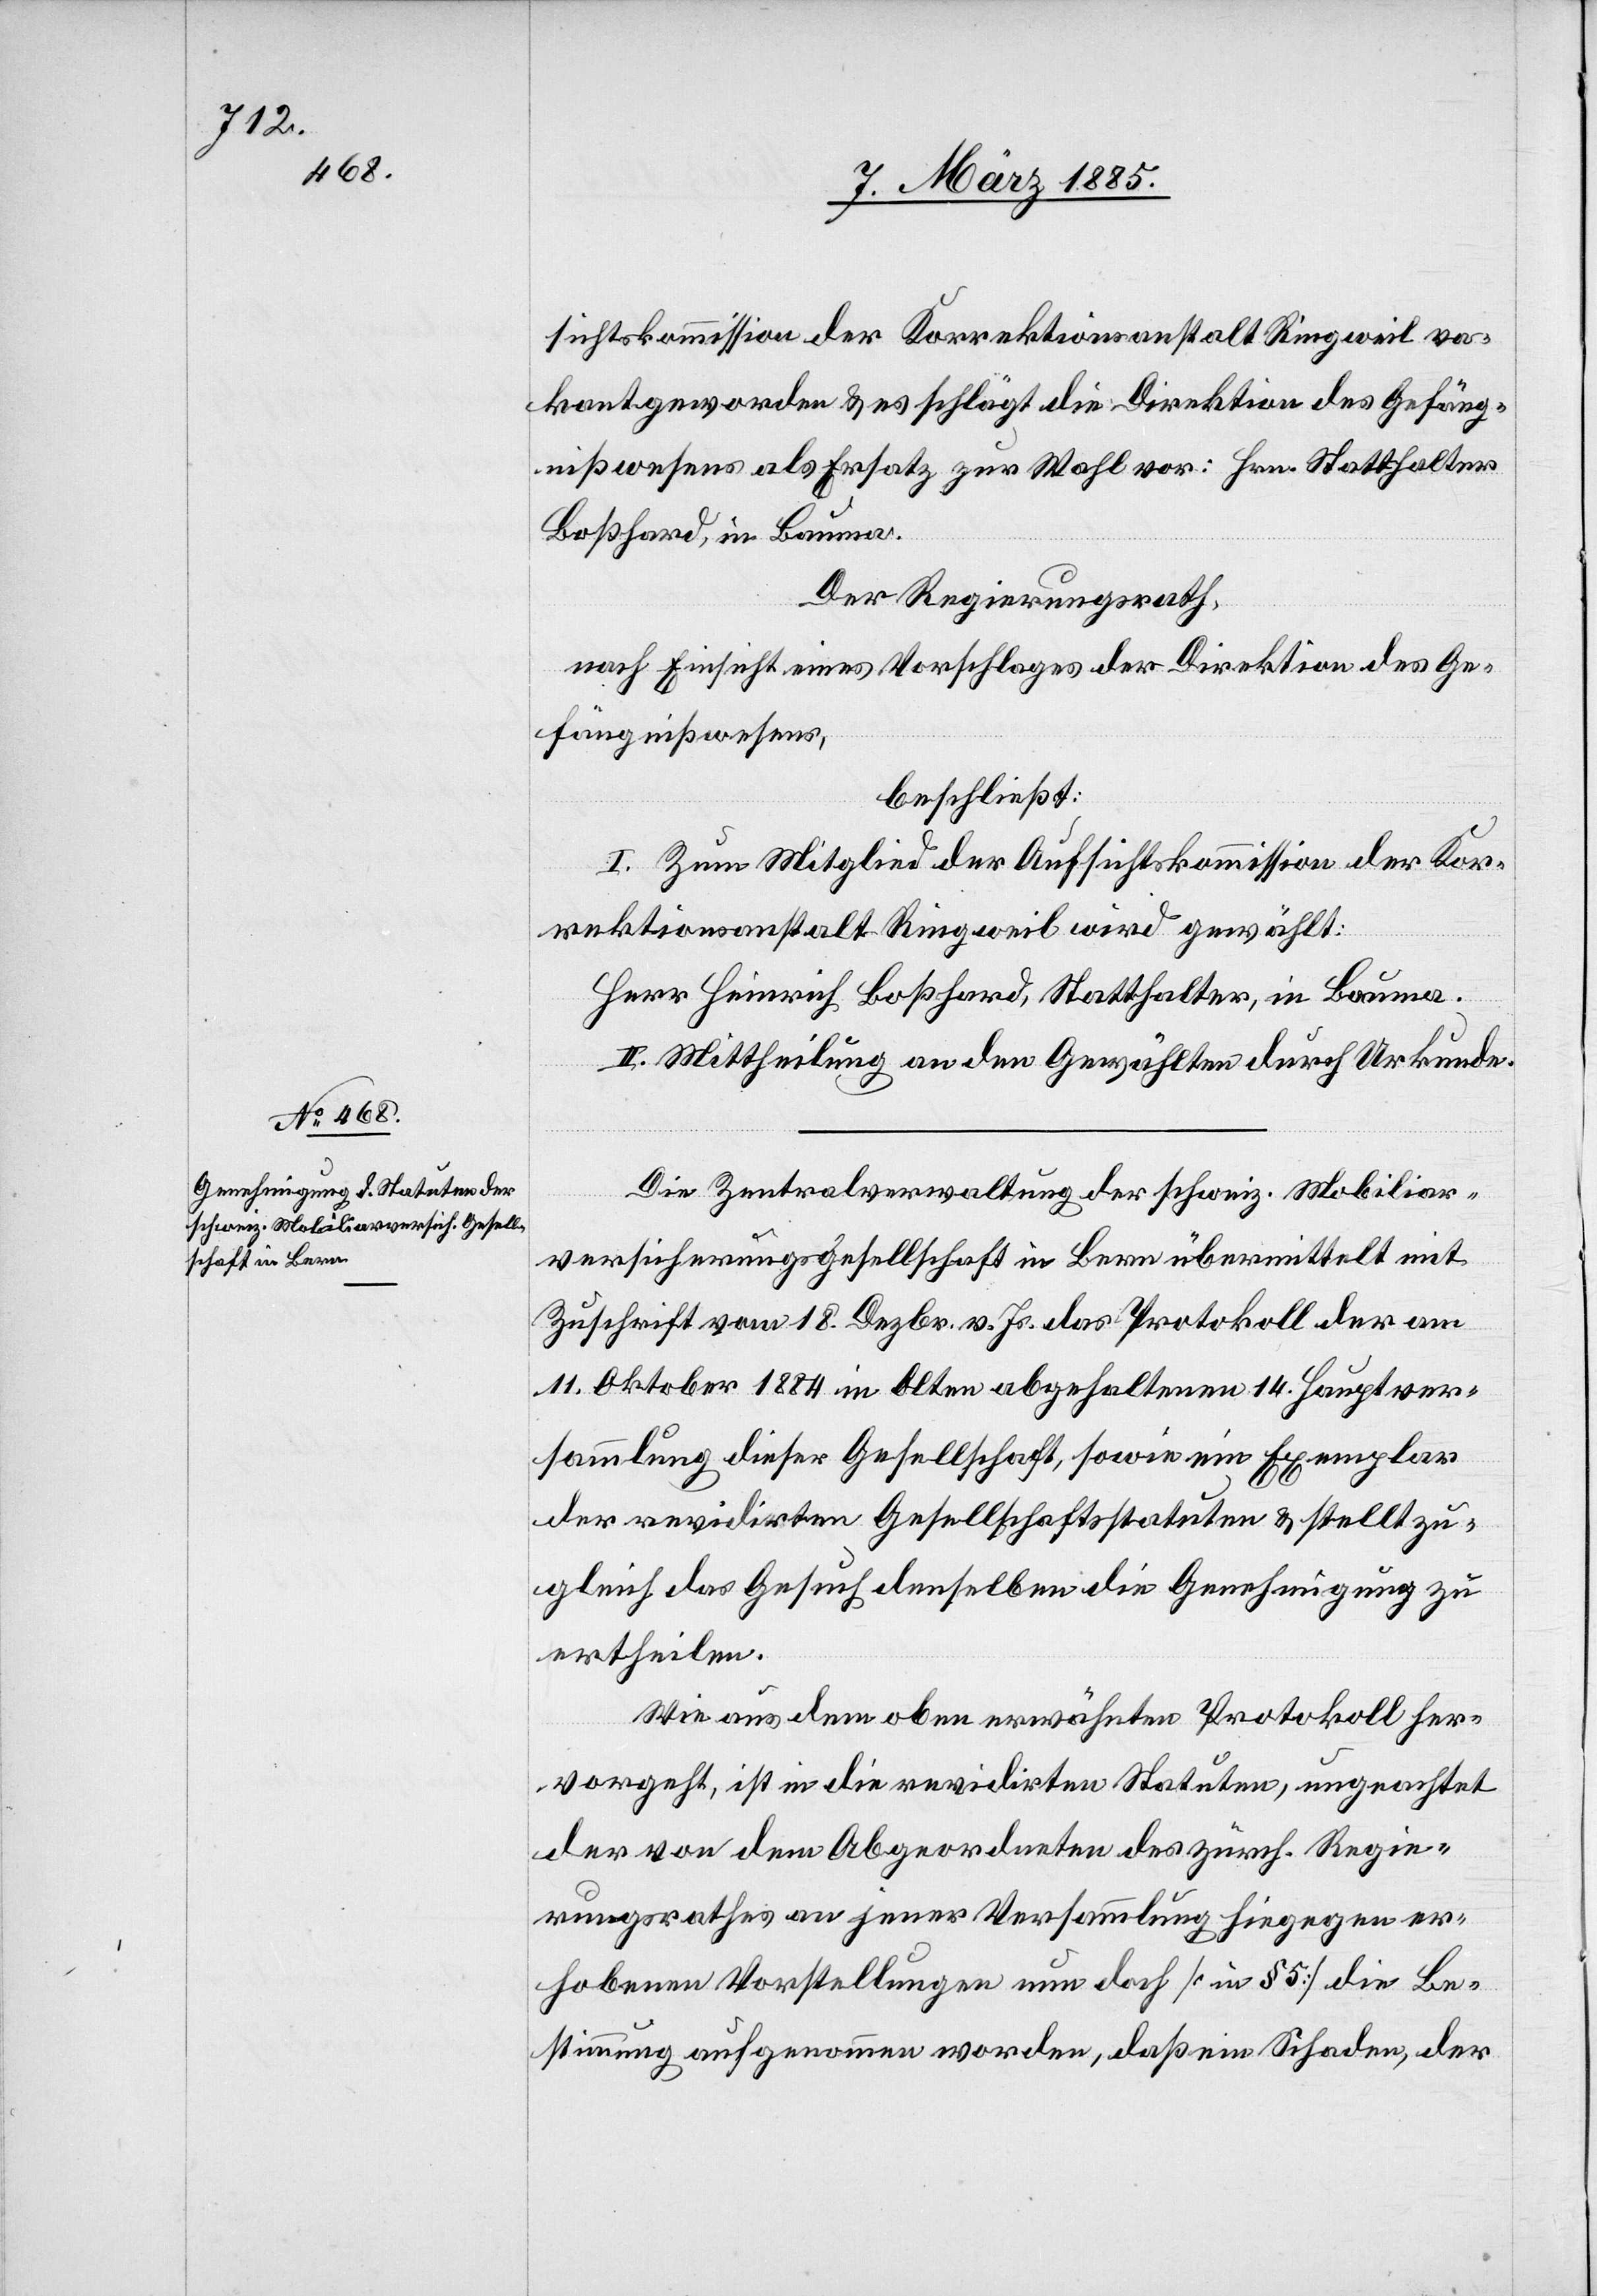
sichtskommission der Korrektionsanstalt Ringweil va¬
kant geworden & es schlägt die Direktion des Gefäng¬
nißwesens als Ersatz zur Wahl vor: Hrn. Statthalter
Boßhard, in Bauma.
Der Regierungsrath,
nach Einsicht eines Vorschlages der Direktion des Ge¬
fängnißwesens,
beschließt:
I. Zum Mitglied der Aufsichtskommission der Kor¬
rektionsanstalt Ringweil wird gewählt:
Herr Heinrich Boßhard, Statthalter, in Bauma.
II. Mittheilung an den Gewählten durch Urkunde.